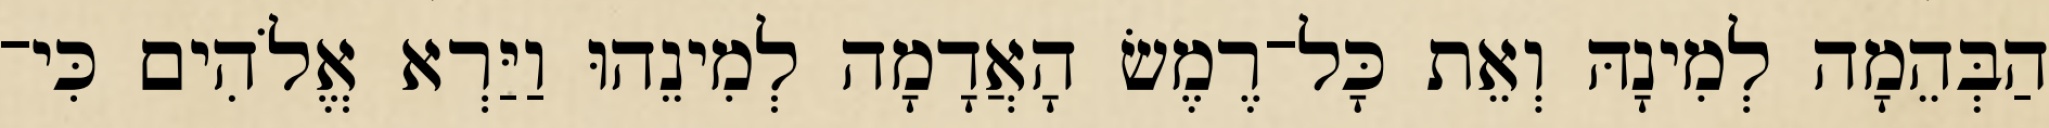
הַבְּהֵמָה לְמִינָהּ וְאֵת כָּל־רֶמֶשׂ הָאֲדָמָה לְמִינֵהוּ וַיַּרְא אֱלֹהִים כִּי־